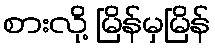
စားလို့ မြိန်မှမြိန်